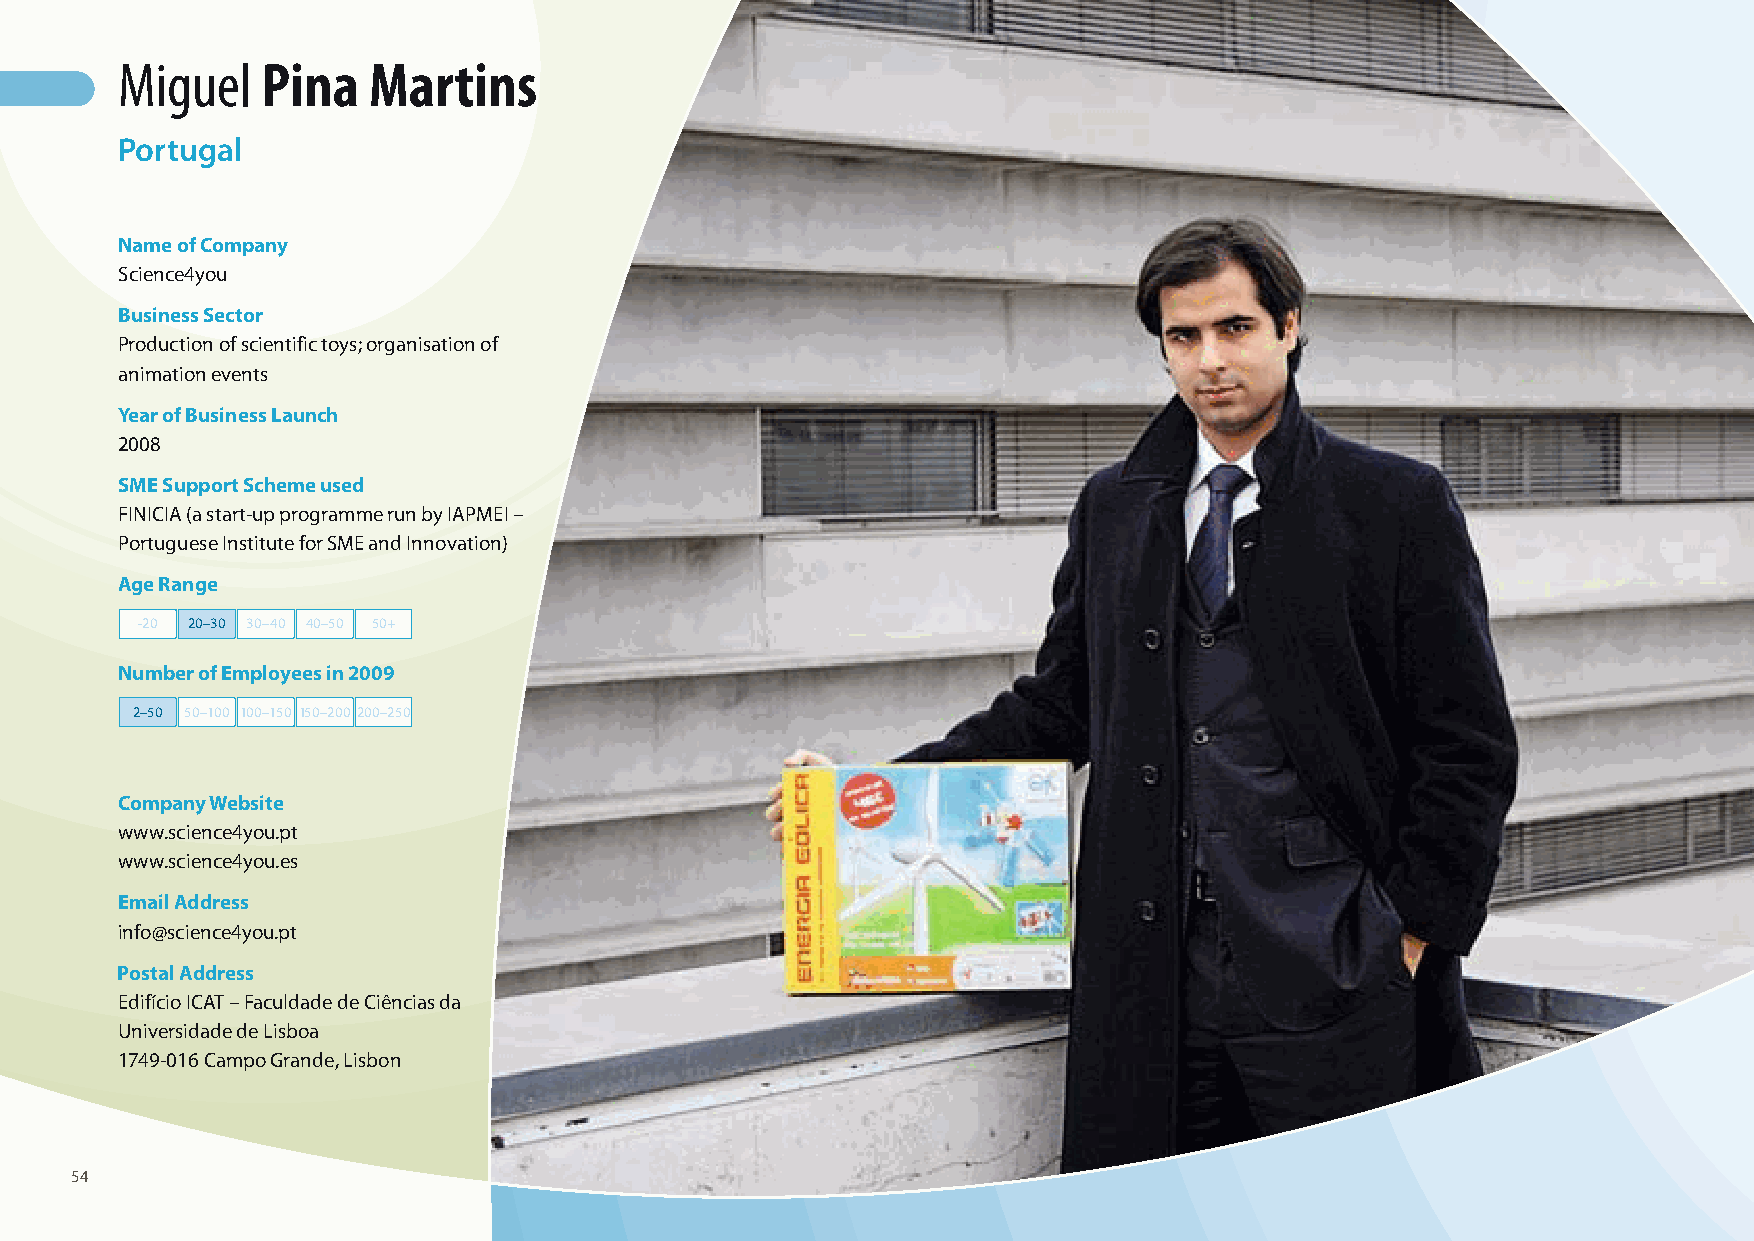
Miguel   Pina   Martins
 Portugal
 Name of Company
 Science4you
 Business Sector
 Production of scientific toys; organisation of
 animation events
 Year of Business Launch
 2008
 SME Support Scheme used
 FINICIA (a start-up programme run by IAPMEI –
 Portuguese Institute for SME and Innovation)
 Age Range
 -20 20–30 30–40 40–50 50+
 Number of Employees in 2009
 2–50 50–100 100–150 150–200 200–250
 Company Website
 www.science4you.pt
 www.science4you.es
 Email Address
 info@science4you.pt
 Postal Address
 Edifício ICAT – Faculdade de Ciências da
 Universidade de Lisboa
 1749-016 Campo Grande, Lisbon
 54
 100426_SMEweek_broch_A4quer_hw.indd 54                                                                   27.04.2010 9:14:28 Uhr